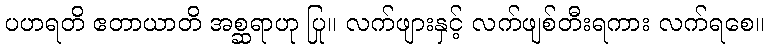
ပဟရတိ ဧတာယာတိ အစ္ဆရာဟု ပြု။ လက်ဖျားနှင့် လက်ဖျစ်တီးရကား လက်ရစေ။